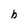
Character: b